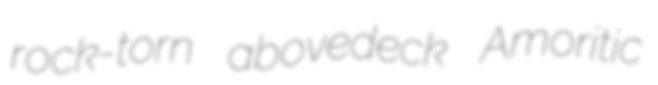
rock-torn abovedeck Amoritic